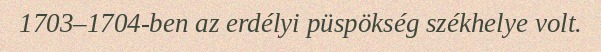
1703–1704-ben az erdélyi püspökség székhelye volt.